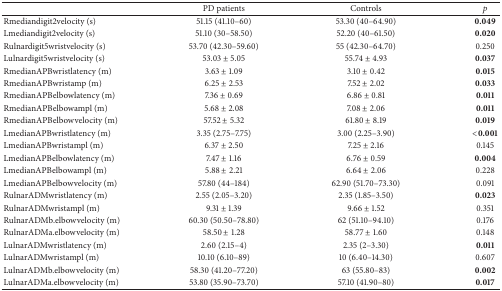
<table><thead><tr><td><b> </b></td><td><b>PD patients</b></td><td><b>Controls</b></td><td><b><i>p</i></b></td></tr></thead><tbody><tr><td>Rmediandigit2velocity (s)</td><td>51.15 (41.10–60)</td><td>53.30 (40–64.90)</td><td><b>0.049</b></td></tr><tr><td>Lmediandigit2velocity (s)</td><td>51.10 (30–58.50)</td><td>52.20 (40–61.50)</td><td><b>0.020</b></td></tr><tr><td>Rulnardigit5wristvelocity (s)</td><td>53.70 (42.30–59.60)</td><td>55 (42.30–64.70)</td><td>0.250</td></tr><tr><td>Lulnardigit5wristvelocity (s)</td><td>53.03 ± 5.05</td><td>55.74 ± 4.93</td><td><b>0.037</b></td></tr><tr><td>RmedianAPBwristlatency (m)</td><td>3.63 ± 1.09</td><td>3.10 ± 0.42</td><td><b>0.015</b></td></tr><tr><td>RmedianAPBwristamp (m)</td><td>6.25 ± 2.53</td><td>7.52 ± 2.02</td><td><b>0.033</b></td></tr><tr><td>RmedianAPBelbowlatency (m)</td><td>7.36 ± 0.69</td><td>6.86 ± 0.81</td><td><b>0.011</b></td></tr><tr><td>RmedianAPBelbowampl (m)</td><td>5.68 ± 2.08</td><td>7.08 ± 2.06</td><td><b>0.011</b></td></tr><tr><td>RmedianAPBelbowvelocity (m)</td><td>57.52 ± 5.32</td><td>61.80 ± 8.19</td><td><b>0.019</b></td></tr><tr><td>LmedianAPBwristlatency (m)</td><td>3.35 (2.75–7.75)</td><td>3.00 (2.25–3.90)</td><td><b>&lt;0.001</b></td></tr><tr><td>LmedianAPBwristampl (m)</td><td>6.37 ± 2.50</td><td>7.25 ± 2.16</td><td>0.145</td></tr><tr><td>LmedianAPBelbowlatency (m)</td><td>7.47 ± 1.16</td><td>6.76 ± 0.59</td><td><b>0.004</b></td></tr><tr><td>LmedianAPBelbowampl (m)</td><td>5.88 ± 2.21</td><td>6.64 ± 2.06</td><td>0.228</td></tr><tr><td>LmedianAPBelbowvelocity (m)</td><td>57.80 (44–184)</td><td>62.90 (51.70–73.30)</td><td>0.091</td></tr><tr><td>RulnarADMwristlatency (m)</td><td>2.55 (2.05–3.20)</td><td>2.35 (1.85–3.50)</td><td><b>0.023</b></td></tr><tr><td>RulnarADMwristampl (m)</td><td>9.31 ± 1.39</td><td>9.66 ± 1.52</td><td>0.351</td></tr><tr><td>RulnarADMb.elbowvelocity (m)</td><td>60.30 (50.50–78.80)</td><td>62 (51.10–94.10)</td><td>0.176</td></tr><tr><td>RulnarADMa.elbowvelocity (m)</td><td>58.50 ± 1.28</td><td>58.77 ± 1.60</td><td>0.148</td></tr><tr><td>LulnarADMwristlatency (m)</td><td>2.60 (2.15–4)</td><td>2.35 (2–3.30)</td><td><b>0.011</b></td></tr><tr><td>LulnarADMwristampl (m)</td><td>10.10 (6.10–89)</td><td>10 (6.40–14.30)</td><td>0.607</td></tr><tr><td>LulnarADMb.elbowvelocity (m)</td><td>58.30 (41.20–77.20)</td><td>63 (55.80–83)</td><td><b>0.002</b></td></tr><tr><td>LulnarADMa.elbowvelocity (m)</td><td>53.80 (35.90–73.70)</td><td>57.10 (41.90–80)</td><td><b>0.017</b></td></tr></tbody></table>